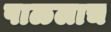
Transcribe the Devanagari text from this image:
पाळलाच